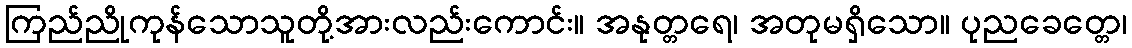
ကြည်ညိုကုန်သောသူတို့အားလည်းကောင်း။ အနုတ္တရေ၊ အတုမရှိသော။ ပုညခေတ္တေ၊